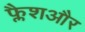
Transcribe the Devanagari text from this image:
फ्लैशऔर